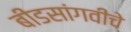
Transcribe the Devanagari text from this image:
बीडसांगवीचे